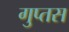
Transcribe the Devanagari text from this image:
गुप्तस